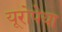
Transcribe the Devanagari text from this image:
यूरोपेया